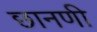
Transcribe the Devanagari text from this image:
छानणी